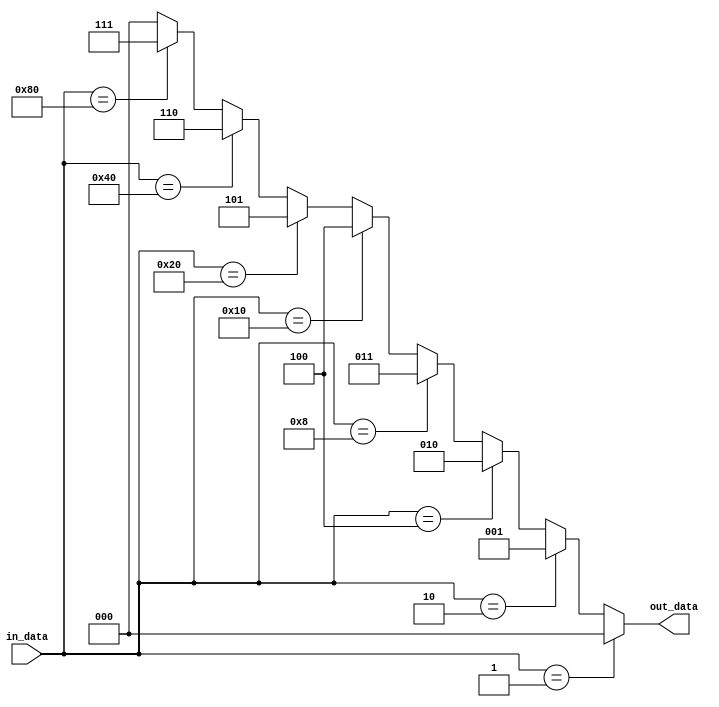
`timescale 1ns / 1ps
module encoder8_3(
    input [7:0] in_data,
    output reg [2:0] out_data
);

  always @*
     begin
        if (in_data == 8'b00000001)
            out_data = 3'b000; // Input bit 0
        else if (in_data == 8'b00000010)
            out_data = 3'b001; // Input bit 1
        else if (in_data == 8'b00000100)
            out_data = 3'b010; // Input bit 2
        else if (in_data == 8'b00001000)
            out_data = 3'b011; // Input bit 3
        else if (in_data == 8'b00010000)
            out_data = 3'b100; // Input bit 4
        else if (in_data == 8'b00100000)
            out_data = 3'b101; // Input bit 5
        else if (in_data == 8'b01000000)
            out_data = 3'b110; // Input bit 6
        else if (in_data == 8'b10000000)
            out_data = 3'b111; // Input bit 7
        else
            out_data = 3'b000; // Default case
  end

endmodule